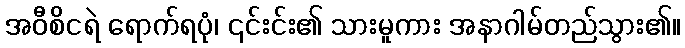
အဝီစိငရဲ ရောက်ရပုံ၊ ၎င်းင်း၏ သားမူကား အနာဂါမ်တည်သွား၏။